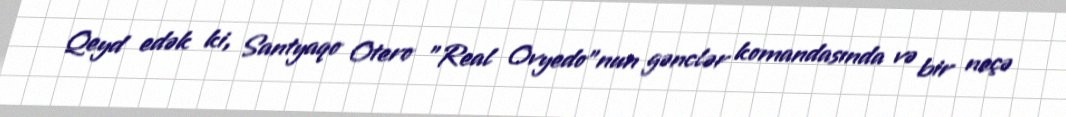
Qeyd edək ki, Santyaqo Otero "Real Ovyedo"nun gənclər komandasında və bir neçə